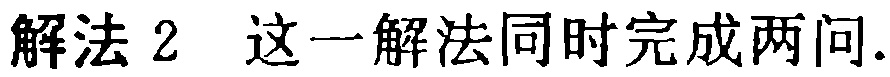
解法 2 这一解法同时完成两问.